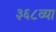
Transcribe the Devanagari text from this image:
३६८व्या